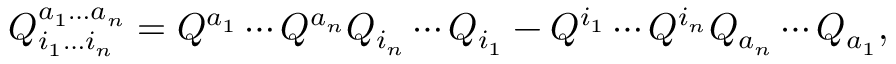
Q _ { i _ { 1 } \ldots i _ { n } } ^ { a _ { 1 } \ldots a _ { n } } = Q ^ { a _ { 1 } } \cdots Q ^ { a _ { n } } Q _ { i _ { n } } \cdots Q _ { i _ { 1 } } - Q ^ { i _ { 1 } } \cdots Q ^ { i _ { n } } Q _ { a _ { n } } \cdots Q _ { a _ { 1 } } ,